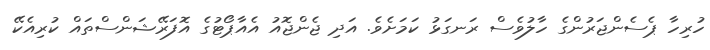
ހުރިހާ ޕެސެންޖަރުންގެ ހާލުވެސް ރަނގަޅު ކަމަށެވެ. އަދި ޖެންޖޮއު އެއާޕޯޓުގެ އޮފަރޭޝަންސްތައް ކުރިއެކޭ